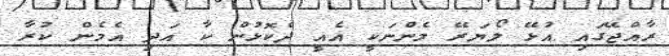
ރާއްޖޭގައި އުޅޭ ލޯޔަރޭ މެންނަކީ އެއީ ދެކޮޅުން ކާ އަދި އެމެން ކުރާ